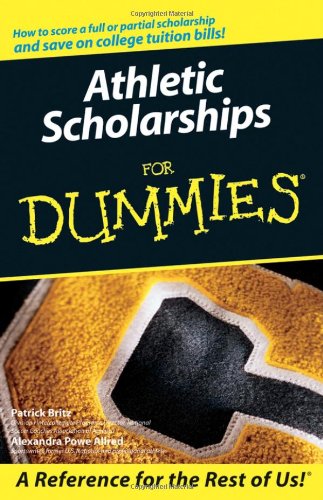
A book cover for Athletic Scholarships For Dummies; Pat Britz; Education & Teaching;